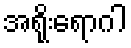
အရိုးရောဂါ